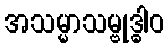
အသမ္မာသမ္ဗုဒ္ဓါဝ